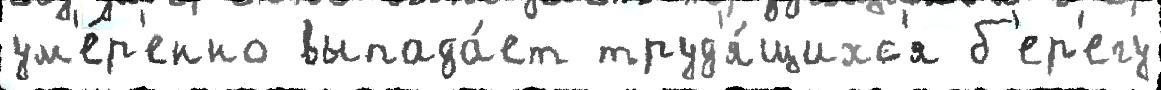
ум'е́р'енно выпада́ет труд'я́щихс'я б'ер'егу